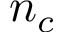
n _ { c }